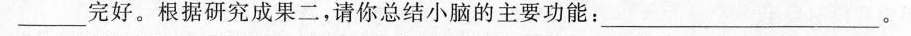
___完好。根据研究成果二，请你总结小脑的主要功能：___。